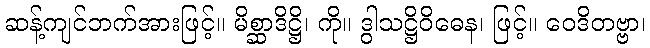
ဆန့်ကျင်ဘက်အားဖြင့်။ မိစ္ဆာဒိဋ္ဌိ၊ ကို။ ဒွါသဋ္ဌိဝိဓေန၊ ဖြင့်။ ဝေဒိတဗ္ဗာ၊